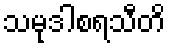
သမုဒါစရသီတိ